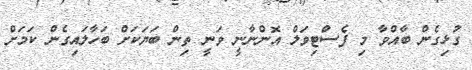
ގުޅިގެން ބާއްވާ މި ފެސްޓިވަލް އޮންނާނީ ވަނީ ތިން ބަޔަކަށް ބަހާލައިގެން ކަމަށް